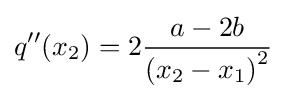
q''(x_{2})=2{\frac {a-2b}{{(x_{2}-x_{1})}^{2}}}